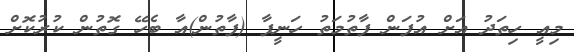
މިއީ ހިތަދު އަށް އުފަން ފާތުމަތު ހަނީފާ (ފާތުން)އާ ބެހޭ ގޮތުން ކުރުކޮށް